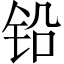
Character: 铅